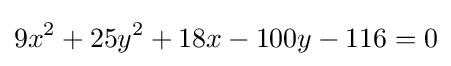
9x^{2}+25y^{2}+18x-100y-116=0